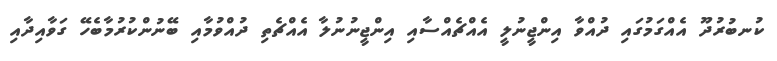
ކުނބުރުދޫ އެއްގަމުގައި ދުއްވާ އިންޖީނުލީ އެއްޗެއްސާއި އިންޖީނުނުލާ އެއްޗެތި ދުއްވުމާއި ބޭނުންކުރުމާބެހޭ ގަވާއިދާއި